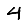
Digit: 4